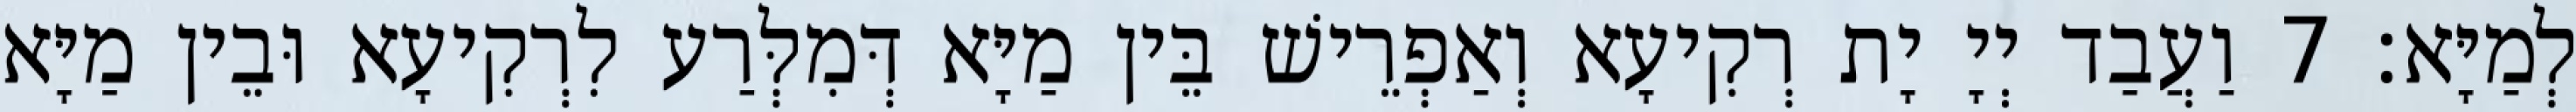
לְמַיָּא׃ 7 וַעֲבַד יְיָ יָת רְקִיעָא וְאַפְרֵישׁ בֵּין מַיָּא דְּמִלְּרַע לִרְקִיעָא וּבֵין מַיָּא